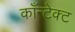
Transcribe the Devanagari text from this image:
काँन्टेक्ट